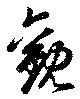
觀